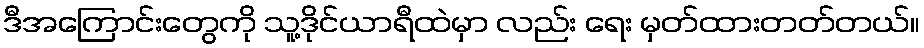
ဒီအကြောင်းတွေကို သူ့ဒိုင်ယာရီထဲမှာ လည်း ရေး မှတ်ထားတတ်တယ်။